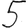
Digit: 5